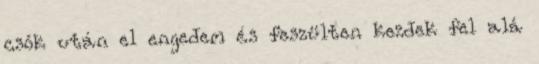
csók után el engedem és feszülten kezdek fel alá